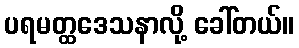
ပရမတ္ထဒေသနာလို့ ခေါ်တယ်။